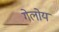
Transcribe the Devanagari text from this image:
गेलोय